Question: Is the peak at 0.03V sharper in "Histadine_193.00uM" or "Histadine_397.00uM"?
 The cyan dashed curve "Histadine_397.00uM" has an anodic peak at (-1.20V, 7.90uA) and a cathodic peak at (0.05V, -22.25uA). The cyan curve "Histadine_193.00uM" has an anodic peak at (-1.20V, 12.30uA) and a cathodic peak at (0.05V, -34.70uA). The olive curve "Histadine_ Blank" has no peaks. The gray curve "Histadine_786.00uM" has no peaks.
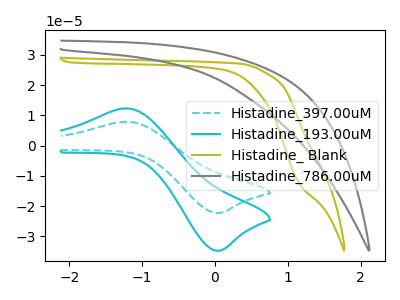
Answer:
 <answer>The peak at 0.03V is higher in "Histadine_193.00uM" than in "Histadine_397.00uM".</answer>
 <eval>higher</eval>